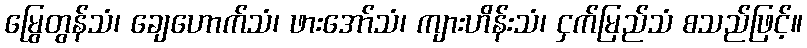
မြွေတွန်သံ၊ ချေဟောက်သံ၊ ဖားအော်သံ၊ ကျားဟိန်းသံ၊ ငှက်မြည်သံ စသည်ဖြင့်။